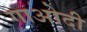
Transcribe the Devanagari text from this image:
गाओदी